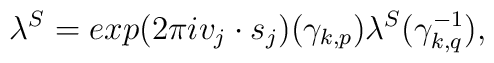
\lambda^{S}   = exp(2\pi  iv_j\cdot s_j)({\gamma}_{k,p})   \lambda^{S}({\gamma}_{k,q}^{-1}),